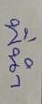
พี่นำ